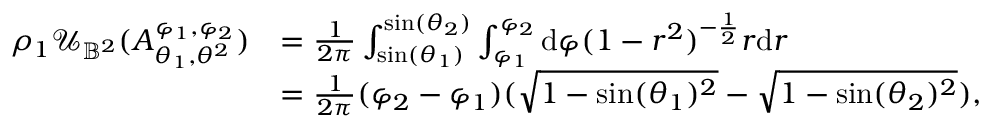
\begin{array} { r l } { \rho _ { 1 } \mathcal U _ { \mathbb B ^ { 2 } } ( A _ { \theta _ { 1 } , \theta ^ { 2 } } ^ { \varphi _ { 1 } , \varphi _ { 2 } } ) } & { = \frac { 1 } { 2 \pi } \int _ { \sin ( \theta _ { 1 } ) } ^ { \sin ( \theta _ { 2 } ) } \int _ { \varphi _ { 1 } } ^ { \varphi _ { 2 } } \mathrm { d } \varphi ( 1 - r ^ { 2 } ) ^ { - \frac 1 2 } r \mathrm { d } r } \\ & { = \frac { 1 } { 2 \pi } ( \varphi _ { 2 } - \varphi _ { 1 } ) ( \sqrt { 1 - \sin ( \theta _ { 1 } ) ^ { 2 } } - \sqrt { 1 - \sin ( \theta _ { 2 } ) ^ { 2 } } ) , } \end{array}